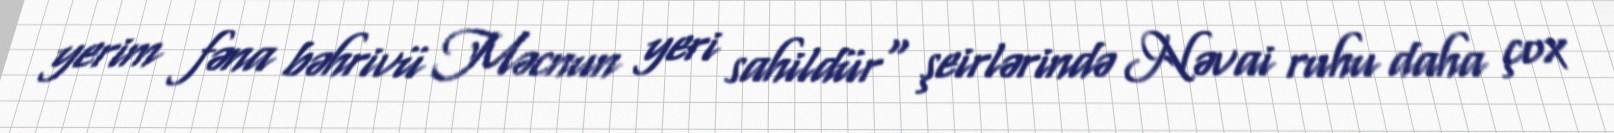
yerim fəna bəhrivü Məcnun yeri sahildür" şeirlərində Nəvai ruhu daha çox